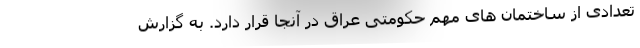
تعدادی از ساختمان های مهم حکومتی عراق در آنجا قرار دارد. به گزارش